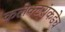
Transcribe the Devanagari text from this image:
कलेक्टरांकडेच